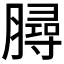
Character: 𦠅